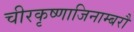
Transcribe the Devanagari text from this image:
चीरकृष्णाजिनाम्बरौ